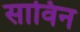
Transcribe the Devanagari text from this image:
साविन